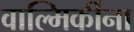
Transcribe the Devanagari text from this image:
वाल्मिकींना